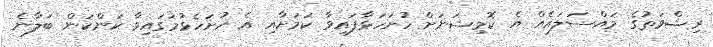
ރިޝްވަތުގެ މައްސަލައެއް އެ ކޮމިޝަނަށް ހުށަހަޅާފައިވާ ކަމަށާއި އެ ހުށަހެޅުމުގައިވާ ކަންކަން ބަލާނެ